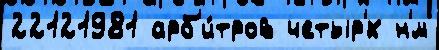
22121981 арб'и́тров четыр'́х н'́м